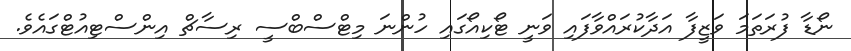
ނޯޑާ ފުރަތަމަ ވަޒީފާ އަދާކުރައްވާފައި ވަނީ ޓޯކިއޯގައި ހުންނަ މިޓްސްބްސީ ރިސާޗް އިންސްޓިއުޓްގައެވެ.